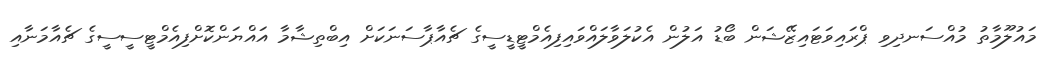
މައުލޫމާތު މުއްސަނދިވި ޕްރައިވަޓައިޒޭޝަން ބޯޑު އަލުން އެކުލަވާލައްވައިފިއެމްޓީޑީސީގެ ޗެއާޕާސަނަކަށް އިބްތިޝާމާ އައްޔަންކޮށްފިއެމްޓީސީސީގެ ޗެއާމަނާއި